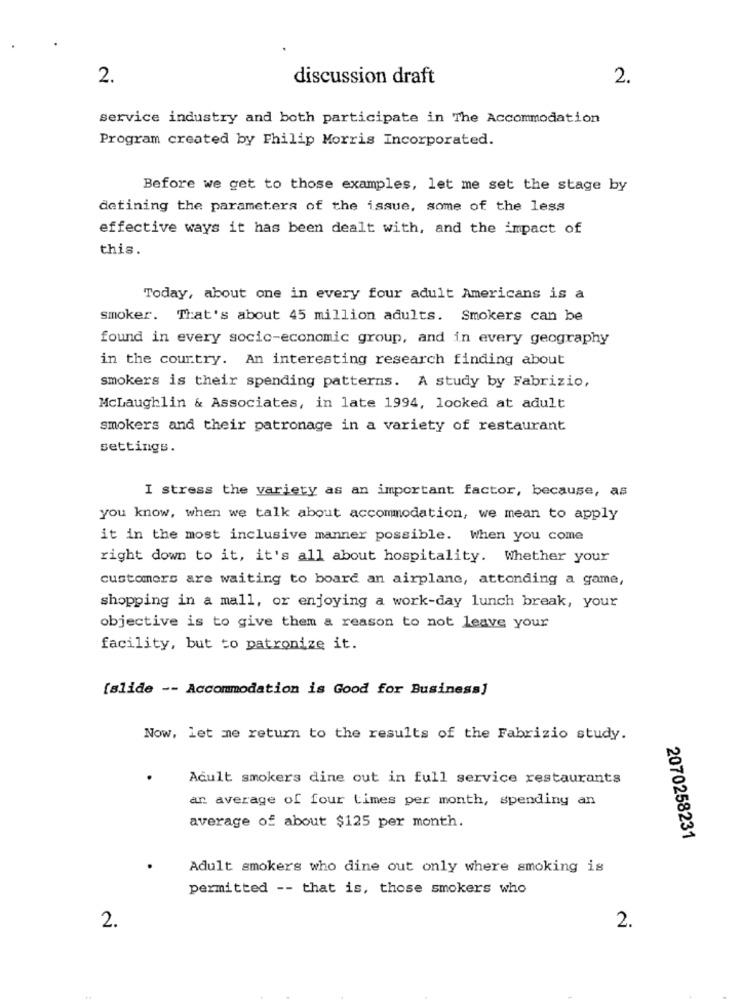
2.
discussion draft
2.
service industry and both participate in The Accommodation
Program created by Philip Morris Incorporated.
Before we get to those examples, let me set the stage by
detining the parameters of the issue, some of the less
effective ways it has been dealt with, and the impact of
this.
Today, about one in every four adult Americans is a
smoker. That's about 45 million adults. Smokers can be
found in every socio-economic group, and in every geography
in the country. An interesting research finding about
smokers is their spending patterns. A study by Fabrizio,
McLaughlin & Associates, in late 1994, looked at adult
smokers and their patronage in a variety of restaurant
settings.
I stress the variety as an important factor, because, as
you know, when we talk about accommodation, we mean to apply
it in the most inclusive manner possible. When you come
right down to it, it's all about hospitality. Whether your
customers are waiting to board an airplane, attending a game,
shopping in a mall, or enjoying a work-day lunch break, your
objective is to give them a reason to not leave your
facility, but to patronize it.
[slide -- Accommodation is Good for Business]
Now, let me return to the results of the Fabrizio study.
Adult smokers dine out in full service restaurants
an average of four times per month, spending an
average of about $125 per month.
2070258231
Adult smokers who dine out only where smoking is
permitted -- that is, those smokers who
2.
2.